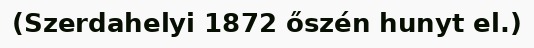
(Szerdahelyi 1872 őszén hunyt el.)